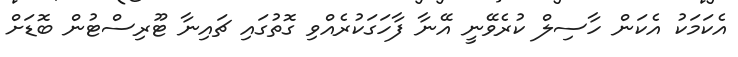
އެކަމަކު އެކަން ހާސިލް ކުރެވޭނީ އޭނާ ފާހަގަކުރެއްވި ގޮތުގައި ޗައިނާ ޓޫރިސްޓުން ބޮޑަށް